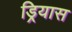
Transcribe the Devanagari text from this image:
ड्रियास